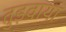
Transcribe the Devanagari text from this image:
तुड़वाया